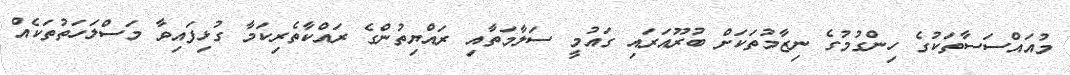
މުއައްސަސާތަކުގެ ހިންގުމުގެ ނިޒާމުތަކަށް ބުރޫއަރައި ގައުމީ ސަލާމަތާއި ރައްޔިތުންގެ ރައްކާތެރިކަމާ ގުޅިފައިވާ މަސްލަހަތުތަކެއް